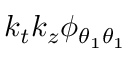
k _ { t } k _ { z } \phi _ { { \theta _ { 1 } } { \theta _ { 1 } } }